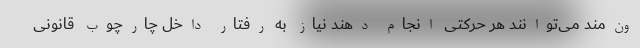
ون‌مند می‌توانند هر حرکتی انجام دهند نیاز به رفتار داخل چارچوب قانونی